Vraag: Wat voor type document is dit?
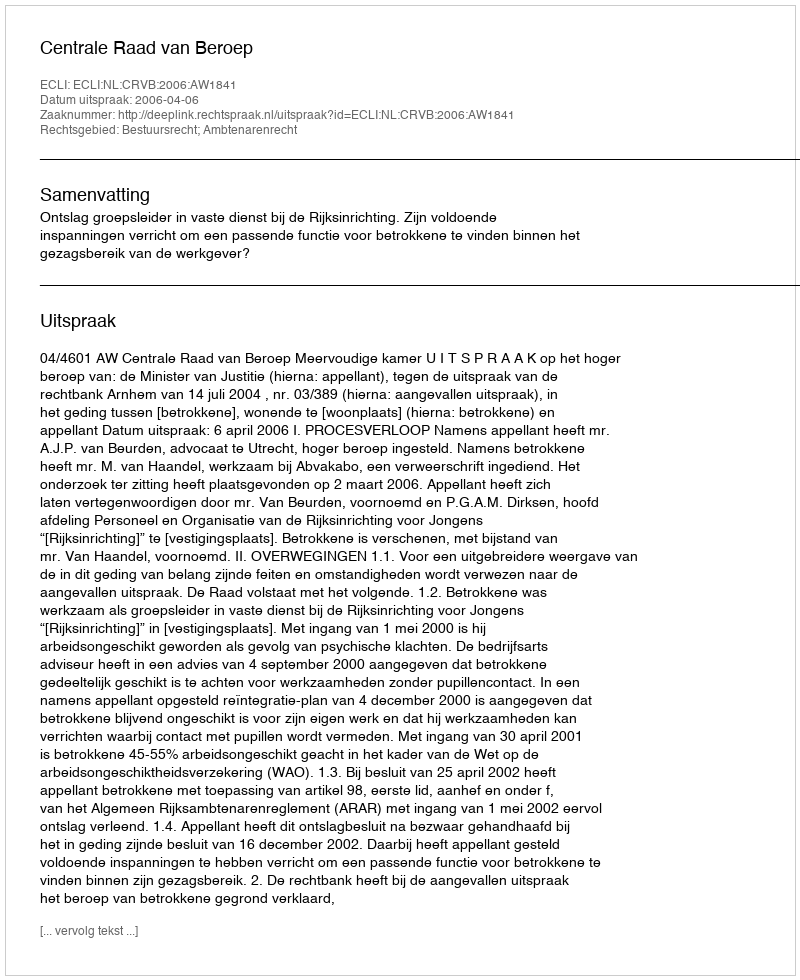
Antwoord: Uitspraak